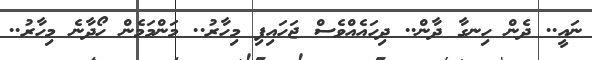
ނައީ.. ދެން ހިނގާ ދާން.. ދިހައެއްވެސް ޖަހައިފި މިހާރު.. މަންމަމެން ހޯދާނެ މިހާރު..